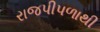
રાજપીપળાથી